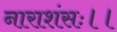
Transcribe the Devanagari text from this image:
नाराशंसः।।